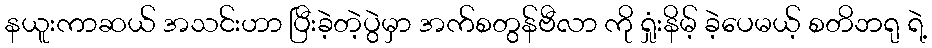
နယူးကာဆယ် အသင်းဟာ ပြီးခဲ့တဲ့ပွဲမှာ အက်စတွန်ဗီလာ ကို ရှုံးနိမ့် ခဲ့ပေမယ့် စတိဘရု ရဲ့